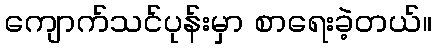
ကျောက်သင်ပုန်းမှာ စာရေးခဲ့တယ်။